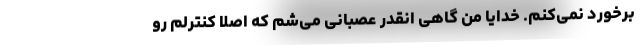
برخورد نمی‌کنم. خدایا من گاهی انقدر عصبانی می‌شم که اصلاً کنترلم رو